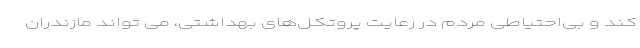
کند و بی‌احتیاطی مردم در رعایت پروتکل‌های بهداشتی، می تواند مازندران